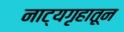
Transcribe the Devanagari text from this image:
नाट्यगृहातून